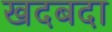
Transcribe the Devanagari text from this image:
खदबदा